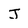
Character: J